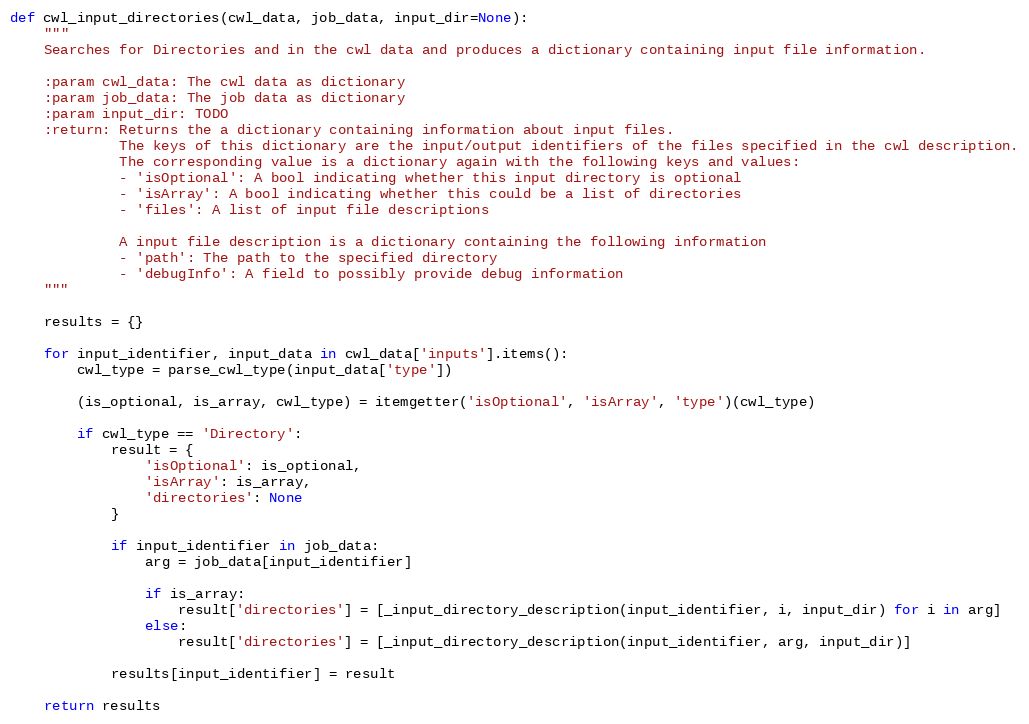
Language: Python
def cwl_input_directories(cwl_data, job_data, input_dir=None):
    """
    Searches for Directories and in the cwl data and produces a dictionary containing input file information.

    :param cwl_data: The cwl data as dictionary
    :param job_data: The job data as dictionary
    :param input_dir: TODO
    :return: Returns the a dictionary containing information about input files.
             The keys of this dictionary are the input/output identifiers of the files specified in the cwl description.
             The corresponding value is a dictionary again with the following keys and values:
             - 'isOptional': A bool indicating whether this input directory is optional
             - 'isArray': A bool indicating whether this could be a list of directories
             - 'files': A list of input file descriptions

             A input file description is a dictionary containing the following information
             - 'path': The path to the specified directory
             - 'debugInfo': A field to possibly provide debug information
    """

    results = {}

    for input_identifier, input_data in cwl_data['inputs'].items():
        cwl_type = parse_cwl_type(input_data['type'])

        (is_optional, is_array, cwl_type) = itemgetter('isOptional', 'isArray', 'type')(cwl_type)

        if cwl_type == 'Directory':
            result = {
                'isOptional': is_optional,
                'isArray': is_array,
                'directories': None
            }

            if input_identifier in job_data:
                arg = job_data[input_identifier]

                if is_array:
                    result['directories'] = [_input_directory_description(input_identifier, i, input_dir) for i in arg]
                else:
                    result['directories'] = [_input_directory_description(input_identifier, arg, input_dir)]

            results[input_identifier] = result

    return results